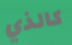
كالذي